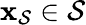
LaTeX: \mathbf{\boldsymbol{x}}_{\mathcal{S}}\in\mathcal{S}